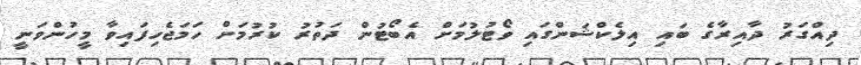
ދިއްގަރު ދާއިރާގެ ބައި އިލެކްޝަންގައި ވޯޓުލުމަށް އެބޯޓުން ދަތުރު ކުރުމަށް ހަމަޖެހިފައިވާ މީހުންވަނީ